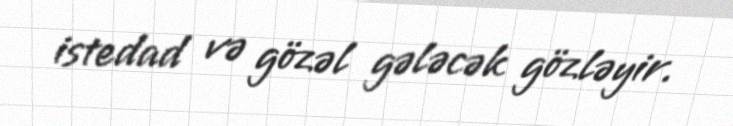
istedad və gözəl gələcək gözləyir.